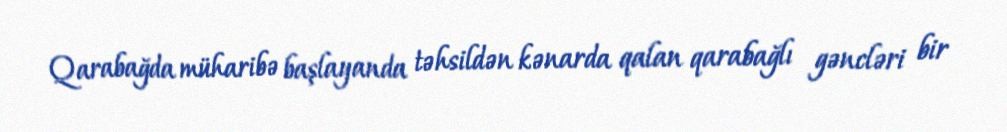
Qarabağda müharibə başlayanda təhsildən kənarda qalan qarabağlı gəncləri bir